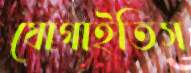
যোগাইতিস